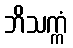
ဘိသက္ကံ